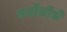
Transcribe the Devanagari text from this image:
बर्नोलीचे